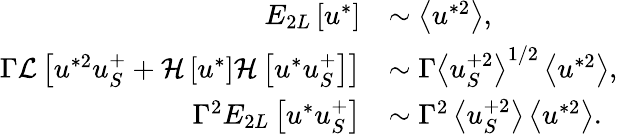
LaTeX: \begin{array}{rl}{E_{2L}\left[u^{*}\right]}&{\sim\left<u^{*2}\right>,}\\ {\Gamma\mathcal{L}\left[u^{*2}u_{S}^{+}+\mathcal{H}\left[u^{*}\right]\mathcal{H}\left[u^{*}u_{S}^{+}\right]\right]}&{\sim\Gamma\left<u_{S}^{+2}\right>^{1/2}\left<u^{*2}\right>,}\\ {\Gamma^{2}E_{2L}\left[u^{*}u_{S}^{+}\right]}&{\sim\Gamma^{2}\left<u_{S}^{+2}\right>\left<u^{*2}\right>.}\end{array}